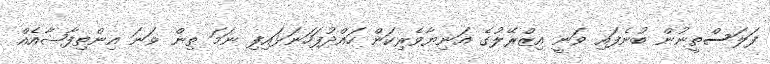
ފަލަސްތީނުން ބުނެފައި ވަނީ އިޒްރޭލުގެ އަނިޔާވެރިކަން ހައްްދުފަހަނަޅައިފި ނަމަ ތިން ވަނަ އިންތިފާޟާއެއް